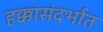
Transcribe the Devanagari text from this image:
हक्कांसंदर्भात